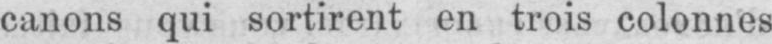
canons qui sortirent en trois colonnes